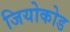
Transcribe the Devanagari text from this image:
जियोकोड